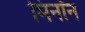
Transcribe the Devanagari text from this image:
मिनॉन